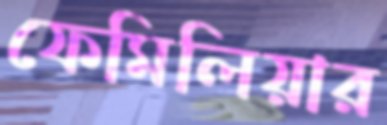
ফেমিলিয়ার